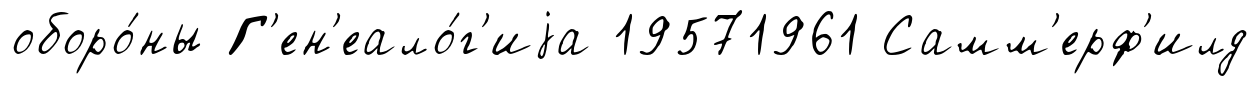
оборо́ны Г'ен'еало́г'иjа 19571961 Самм'ерф'илд